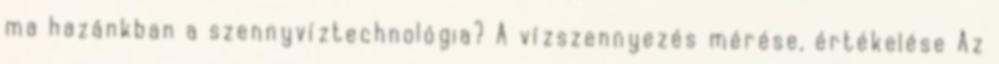
ma hazánkban a szennyvíztechnológia? A vízszennyezés mérése, értékelése Az